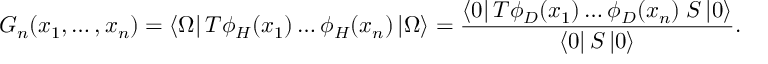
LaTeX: G _ { n } ( x _ { 1 } , \dots , x _ { n } ) = \left< \Omega \right| T \phi _ { H } ( x _ { 1 } ) \dots \phi _ { H } ( x _ { n } ) \left| \Omega \right> = \frac { \left< 0 \right| T \phi _ { D } ( x _ { 1 } ) \dots \phi _ { D } ( x _ { n } ) \; { \cal { S } } \left| 0 \right> } { \left< 0 \right| { \cal { S } } \left| 0 \right> } .